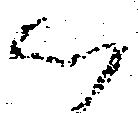
以